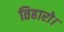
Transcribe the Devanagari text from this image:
तिहारो।